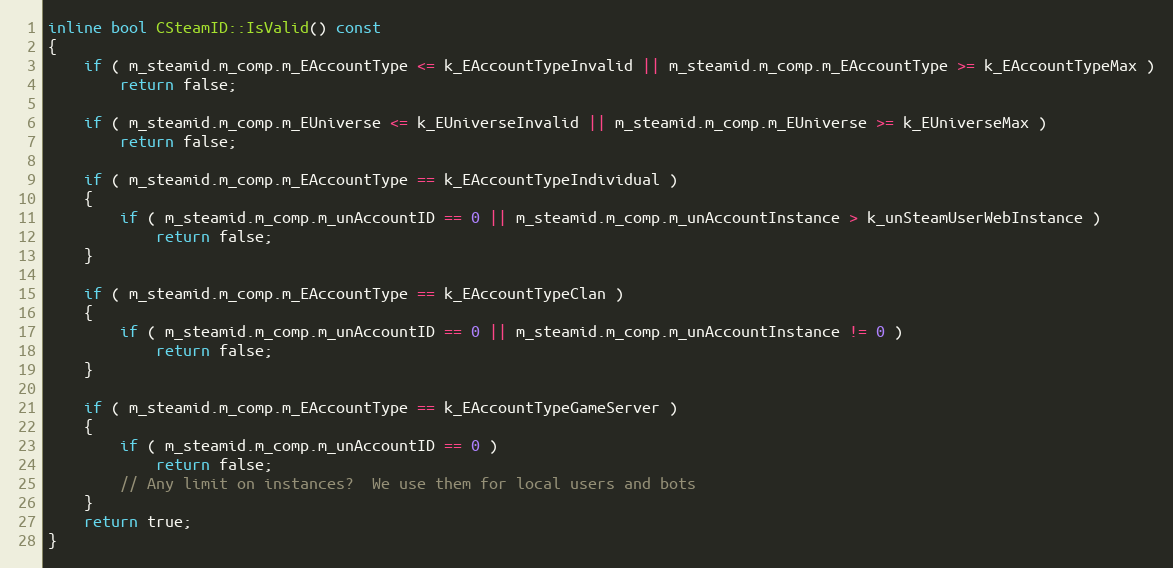
Language: C
inline bool CSteamID::IsValid() const
{
	if ( m_steamid.m_comp.m_EAccountType <= k_EAccountTypeInvalid || m_steamid.m_comp.m_EAccountType >= k_EAccountTypeMax )
		return false;

	if ( m_steamid.m_comp.m_EUniverse <= k_EUniverseInvalid || m_steamid.m_comp.m_EUniverse >= k_EUniverseMax )
		return false;

	if ( m_steamid.m_comp.m_EAccountType == k_EAccountTypeIndividual )
	{
		if ( m_steamid.m_comp.m_unAccountID == 0 || m_steamid.m_comp.m_unAccountInstance > k_unSteamUserWebInstance )
			return false;
	}

	if ( m_steamid.m_comp.m_EAccountType == k_EAccountTypeClan )
	{
		if ( m_steamid.m_comp.m_unAccountID == 0 || m_steamid.m_comp.m_unAccountInstance != 0 )
			return false;
	}

	if ( m_steamid.m_comp.m_EAccountType == k_EAccountTypeGameServer )
	{
		if ( m_steamid.m_comp.m_unAccountID == 0 )
			return false;
		// Any limit on instances?  We use them for local users and bots
	}
	return true;
}